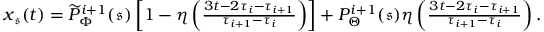
\begin{array} { r } { \boldsymbol { x } _ { \mathfrak { s } } ( t ) = \widetilde { P } _ { \Phi } ^ { i + 1 } ( \mathfrak { s } ) \left[ 1 - \eta \left( \frac { 3 t - 2 \tau _ { i } - \tau _ { i + 1 } } { \tau _ { i + 1 } - \tau _ { i } } \right) \right] + P _ { \Theta } ^ { i + 1 } ( \mathfrak { s } ) \eta \left( \frac { 3 t - 2 \tau _ { i } - \tau _ { i + 1 } } { \tau _ { i + 1 } - \tau _ { i } } \right) . } \end{array}